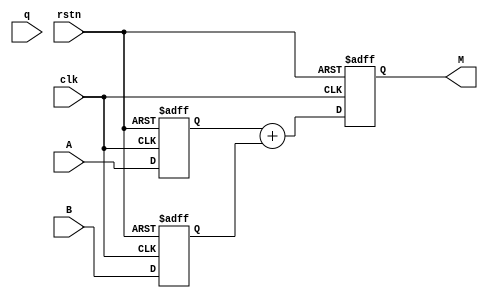
module ModAdd
    #(parameter BIT_SIZE = 60)
    (
        input clk,
        input rstn,
        input [BIT_SIZE - 1:0] A,
        input [BIT_SIZE - 1:0] B,
        input [BIT_SIZE - 1:0] q,
        output reg [BIT_SIZE - 1:0] M
    );

    wire [BIT_SIZE+1:0] add;

    reg  [BIT_SIZE - 1:0] in_A;
    reg  [BIT_SIZE - 1:0] in_B;
    reg  [BIT_SIZE - 1:0] in_q;
    wire [BIT_SIZE - 1:0] out_M;

    // input
    always @(posedge clk or negedge rstn)
    begin
        if (~rstn)
        begin
            in_A <= 0;
            in_B <= 0;
            in_q <= 0;
        end
        else
        begin
            in_A <= A;
            in_B <= B;
            in_q <= q;
        end
    end

    // datapath for addition
    assign add = in_A +  in_B;

    // output
    always @(posedge clk or negedge rstn)
    begin
        if (~rstn)
        begin
            M <= 0;
        end
        else
        begin
            // Check if the sum is greater than or equal to q
            if (add[BIT_SIZE+1]) 
                M <= add[BIT_SIZE-1:0]  - in_q;
            else
                M <= add[BIT_SIZE-1:0];
        end
    end

endmodule